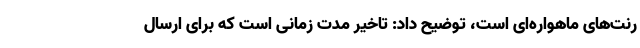
رنت‌های ماهواره‌ای است، توضیح داد: تاخیر مدت زمانی است که برای ارسال